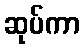
ဆုပ်ကာ